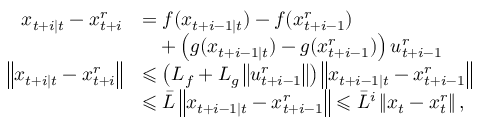
\begin{array} { r l } { x _ { t + i \mid t } - x _ { t + i } ^ { r } } & { = f ( x _ { t + i - 1 \mid t } ) - f ( x _ { t + i - 1 } ^ { r } ) } \\ & { \quad + \left( g ( x _ { t + i - 1 \mid t } ) - g ( x _ { t + i - 1 } ^ { r } ) \right) u _ { t + i - 1 } ^ { r } } \\ { \left\| x _ { t + i \mid t } - x _ { t + i } ^ { r } \right\| } & { \leqslant \left( L _ { f } + L _ { g } \left\| u _ { t + i - 1 } ^ { r } \right\| \right) \left\| x _ { t + i - 1 \mid t } - x _ { t + i - 1 } ^ { r } \right\| } \\ & { \leqslant \bar { L } \left\| x _ { t + i - 1 \mid t } - x _ { t + i - 1 } ^ { r } \right\| \leqslant \bar { L } ^ { i } \left\| x _ { t } - x _ { t } ^ { r } \right\| , } \end{array}